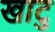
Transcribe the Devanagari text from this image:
खाटु